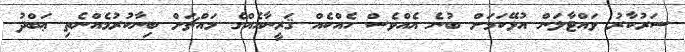
ސަރުކާރު ވައްޓާލަން އުޅޭކަމަށް ބުނެ އެއްވެސް ހެއްކެއް ޤަރީނާއެއްގެ މައްޗަށް ބިނާކުރުމެއްނެތި ޢަބްދު